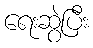
ရေးဆွဲပြီး